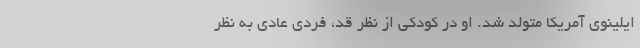
ایلینوی آمریکا متولد شد. او در کودکی از نظر قد، فردی عادی به نظر